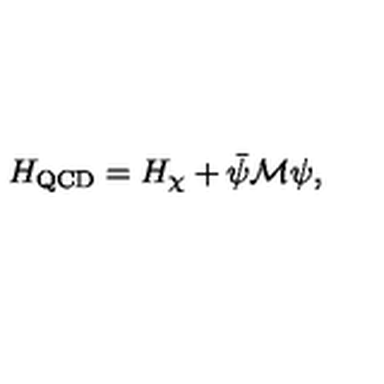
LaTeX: H _ { \mathrm { Q C D } } = H _ { \chi } + \bar { \psi } \mathcal { M } \psi ,